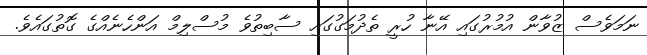
ނަމަވެސް ޒުވާން އުމުރުގައި އޭނާ ހުރީ ތެދުމަގުގައި ސާބިތުވެ މުސްލިމް އަންހެނެއްގެ ގޮތުގައެވެ.